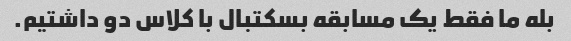
بله ما فقط یک مسابقه بسکتبال با کلاس دو داشتیم.